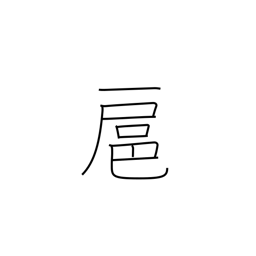
Meaning: follow